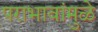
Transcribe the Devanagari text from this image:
पराभावांमुळे